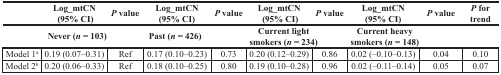
|  | Log_mtCN (95% CI) | P value | Log_mtCN (95% CI) | P value | Log_mtCN (95% CI) | P value | Log_mtCN (95% CI) | P value | P for trend |
 |  | Never (n = 103) |  | Past (n = 426) |  | Current light smokers (n = 234) |  | Current heavy smokers (n = 148) |  |  |
 | --- | --- | --- | --- | --- | --- | --- | --- | --- | --- |
 | Model 1a | 0.19 (0.07–0.31) | Ref | 0.17 (0.10–0.23) | 0.73 | 0.20 (0.12–0.29) | 0.86 | 0.02 (−0.10–0.13) | 0.04 | 0.10 |
 | Model 2b | 0.20 (0.06–0.33) | Ref | 0.18 (0.10–0.25) | 0.80 | 0.19 (0.10–0.28) | 0.96 | 0.02 (−0.11–0.14) | 0.05 | 0.07 |